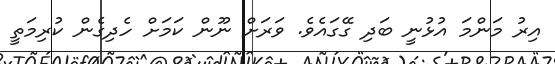
އިރު މަންމަ އުޅުނީ ބަދި ގޭގައެވެ. ވަރަށް ނޫން ކަމަށް ހެދިގެން ކުރިމަތީ